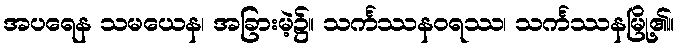
အပရေန သမယေန၊ အခြားမဲ့၌။ သင်္ကဿနဝရဿ၊ သင်္ကဿနမြို့၏။